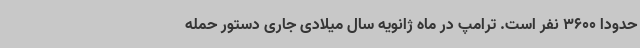
حدودا 3600 نفر است. ترامپ در ماه ژانویه سال میلادی جاری دستور حمله